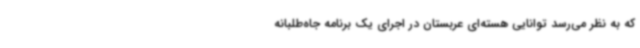
که به نظر می‌رسد توانایی هسته‌ای عربستان در اجرای یک برنامه جاه‌طلبانه